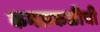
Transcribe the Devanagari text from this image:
कमलकळीची